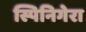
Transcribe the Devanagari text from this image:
स्पिनिगेरा